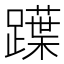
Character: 𨆡